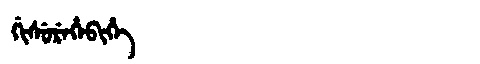
Manchu: ᡤᡳᠰᡠᡵᡝᡥᡝᠪᡳᡥᡝ
Romanization: GISUREHEBIHE